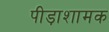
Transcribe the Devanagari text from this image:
पीड़ाशामक